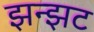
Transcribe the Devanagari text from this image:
झन्झट